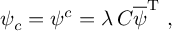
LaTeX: \psi _ { c } = \psi ^ { c } = \lambda \, C \overline { { { \psi } } } ^ { \mathrm { T } } \ ,